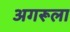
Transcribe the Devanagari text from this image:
अगरूला